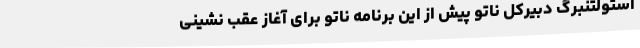
استولتنبرگ دبیرکل ناتو پیش از این برنامه ناتو برای آغاز عقب نشینی